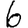
Digit: 6